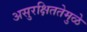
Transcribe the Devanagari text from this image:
असुरक्षिततेमुळे